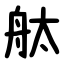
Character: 舦